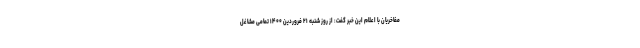
مفاخریان با اعلام این خبر گفت: از روز شنبه ۲۱ فروردین ۱۴۰۰ تمامی مشاغل